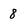
Character: 8